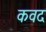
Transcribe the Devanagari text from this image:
कवद